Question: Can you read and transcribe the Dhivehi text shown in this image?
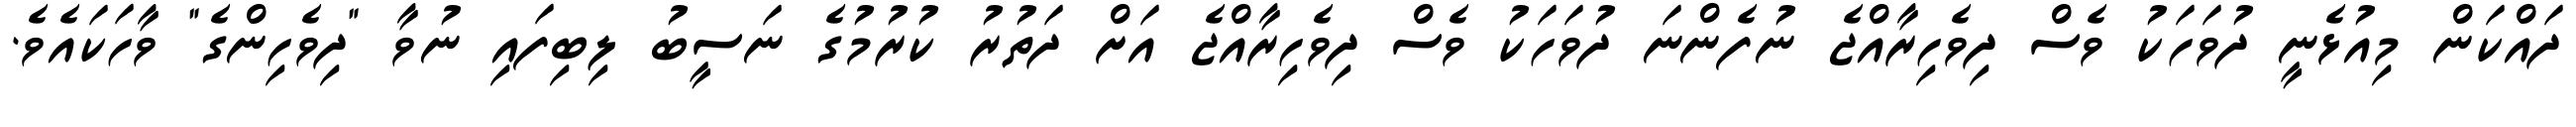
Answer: ދައްކަން މިއުޅެނީ ދުވަހަކު ވެސް ދިވެހިރާއްޖެ ނުފެންނަ ދުވަހަކު ވެސް ދިވެހިރާއްޖެ އަށް ދަތުރު ކުރުމުގެ ނަސީބު ލިބިފައި ނުވާ "ދިވެހިންގެ" ވާހަކައެވެ.